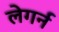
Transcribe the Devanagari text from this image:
लेगर्न